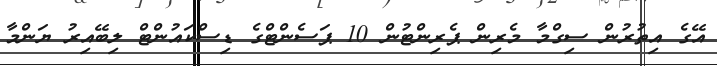
އޭގެ އިތުރުން ސިގްމާ މެރިން ޕެރިންޓުން 10 ޕަސެންޓްގެ ޑިސްކައުންޓް ލިބޭއިރު ޔަންމާ